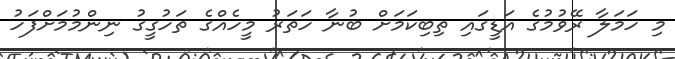
މި ހަމަލާ ރޭވުމުގެ އަޑީގައި ތިބިކަމަށް ބުނާ ހަތަރު މީހެއްގެ ތަހުގީގު ނިންމުމަށްފަހު